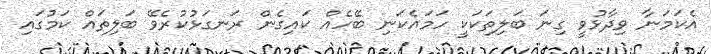
އެކަމަނާ ވިދާޅުވީ ގިނަ ބަލިތަކަކީ ހަމައެކަނި ބޭހެއް ކައިގެން ރަނގަޅުކުރެވޭ ބަލިތައް ކަމުގައި